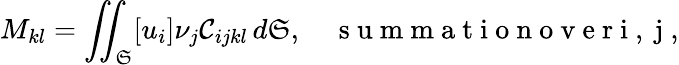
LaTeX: M_{kl}=\iint_{\mathfrak{S}}[u_{i}]\nu_{j}\mathcal{C}_{ijkl}\, d\mathfrak{S},\quad\mathrm{{~s~u~m~m~a~t~i~o~n~o~v~e~r~i~,~j~}},